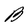
Character: B